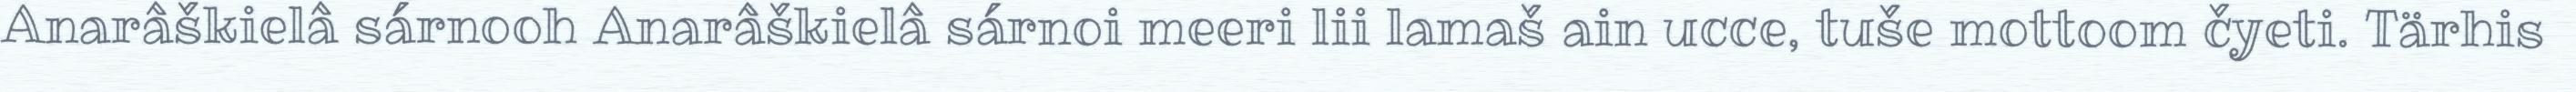
Anarâškielâ sárnooh Anarâškielâ sárnoi meeri lii lamaš ain ucce, tuše mottoom čyeti. Tärhis